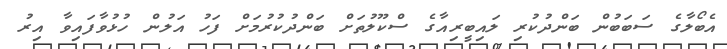
އެބޯލާގެ ސަބަބުން ބަންދުކުރި ލައިބީރިއާގެ ސްކޫލުތަށް ބަންދުކުރުމަށް ފަހު އަލުން ހުޅުވާފައިވާ އިރު